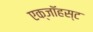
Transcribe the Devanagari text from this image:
एक्जाॅहस्ट